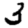
Digit: 3